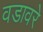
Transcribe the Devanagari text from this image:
वडावरे